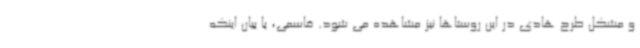
و مشکل طرح هادی در این روستاها نیز مشاهده می شود. قاسمی، با بیان اینکه